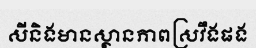
សីនិងមានស្ថានភាពស្រវឹងផង